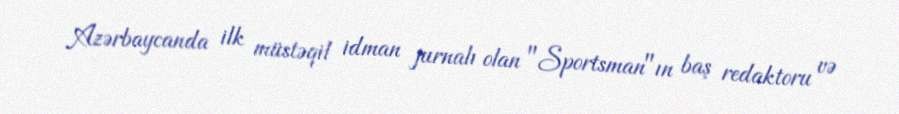
Azərbaycanda ilk müstəqil idman jurnalı olan "Sportsman"ın baş redaktoru və